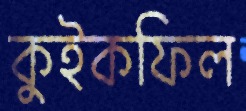
কুইকফিল